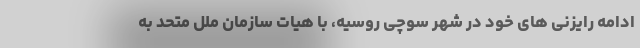
ادامه رایزنی های خود در شهر سوچی روسیه، با هیات سازمان ملل متحد به